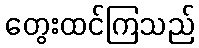
တွေးထင်ကြသည်